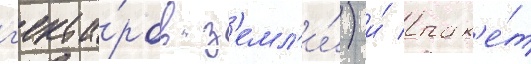
г'екта́ров з'емл'и́) и́ пак'е́т